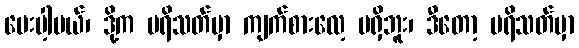
ပေးပါ့မယ်၊ ဒို့က ပရိသတ်မှာ ကျက်စားလေ့ မရှိဘူး၊ ဒီတော့ ပရိသတ်မှာ